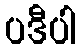
ပဒီပါ